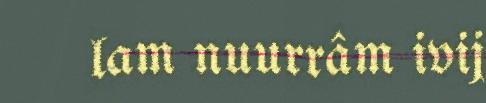
lam nuurrâm ivij